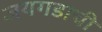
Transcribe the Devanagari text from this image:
जयगडाची